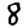
Digit: 8